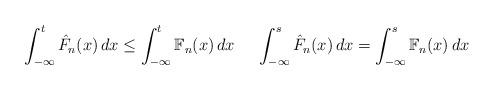
LaTeX: \begin{align*} \int_{-\infty}^t \hat{F}_n(x) \, dx \leq \int_{-\infty}^t \mathbb{F}_n(x) \, dx ~~ ~~ \int_{-\infty}^s \hat{F}_n(x) \, dx = \int_{-\infty}^s \mathbb{F}_n(x) \, dx \end{align*}